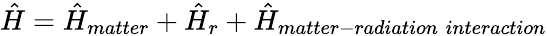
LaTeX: \hat{H}=\hat{H}_{matter}+\hat{H}_{r}+\hat{H}_{matter-radiation\; interaction}